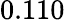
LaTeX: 0.110